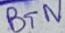
Text: BTN